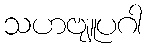
သဟဗျူပဂါ